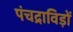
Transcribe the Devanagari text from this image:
पंचद्राविड़ों